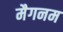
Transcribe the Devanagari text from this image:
मैगनम